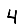
Digit: 4